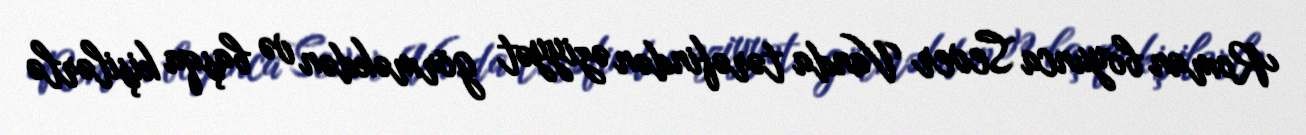
Roman boyunca Sever Vanda tərəfindən əziyyət görməkdən və başqa kişilərlə